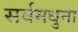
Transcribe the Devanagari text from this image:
सर्वमधुना